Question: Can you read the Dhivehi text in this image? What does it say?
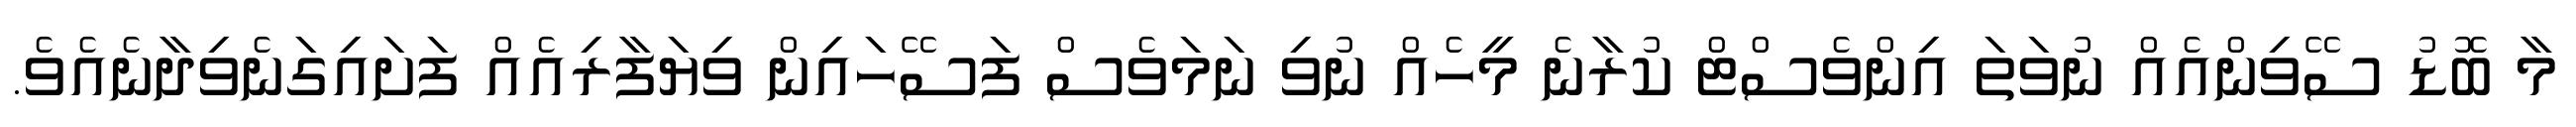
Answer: މާ ބޮޑު ސޭވިންއެއް ނުވަތަ އިންވެސްޓް ކުރާނެ މީހެއް ނުވި ނަމަވެސް ފަސޭހައިން ވިޔަފާރިއެއް ފަށައިގަނެވިދާނެއެވެ.